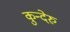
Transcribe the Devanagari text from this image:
कुन्देरु